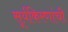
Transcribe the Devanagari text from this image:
सूर्यकिरणांची